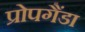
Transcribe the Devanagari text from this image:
प्रोपगैंडा